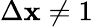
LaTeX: \Delta\mathbf{x}\neq1